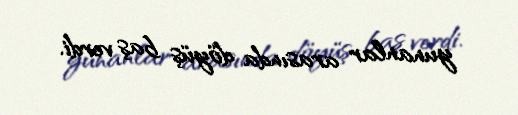
yunanlar arasında döyüş baş verdi.